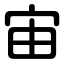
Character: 宙